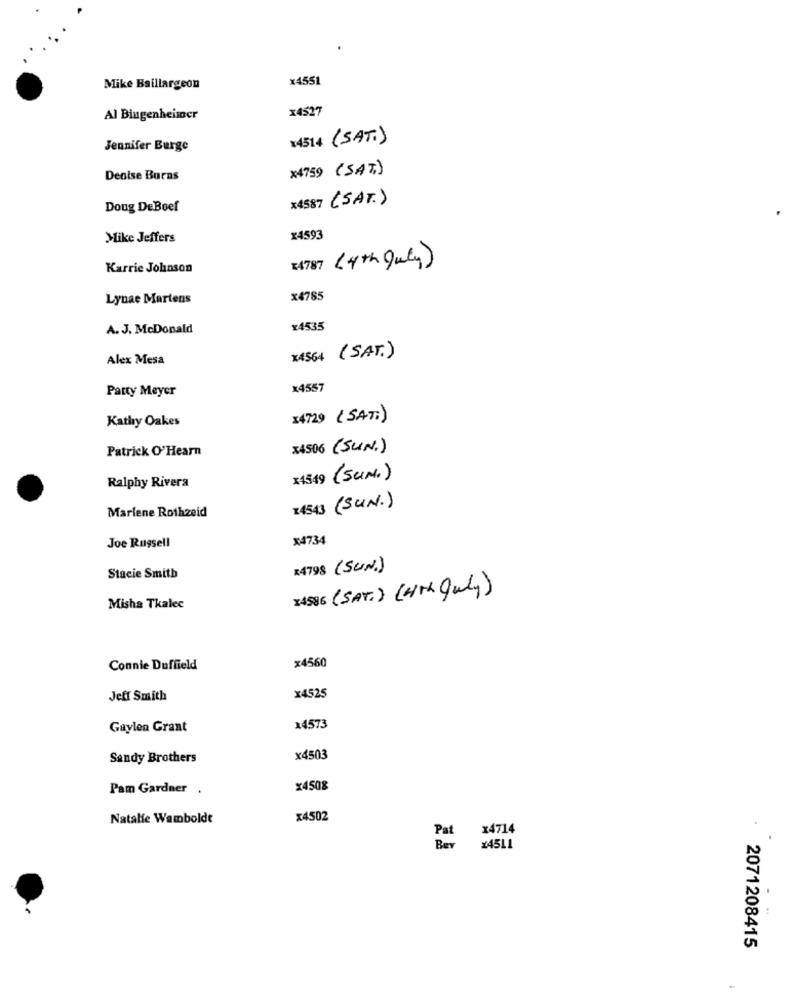
x4551
Mike Baillargeon
x4527
Al Bingenheimer
x4514 (SAT.)
Jennifer Burge
x4759 (SAT)
Denise Burns
x4587 (SAT.)
Doug DeBoef
Mike Jeffers
x4593
24787 (4th July)
Karrie Johnson
Lynae Martens
x4785
A. J. McDonald
x4535
Alex Mesa
x4564 (SAT.)
x4557
Party Meyer
Kathy Oakes
14729 (SAT:)
Patrick O'Hearn
x4506 (SUN.)
x4549 (SUN.)
Ralphy Rivera
Marlene Rothzeid
14543 (SUN.)
X4734
Joe Russell
14798 (SUN.)
Stacie Smith
24SIG (SAT.) (4th July)
Misha Tkalec
x4560
Connie Duffield
Jeff Smith
x4525
Gaylen Grant
14573
Sandy Brothers
x4503
Pam Gardner .
x4508
Natalie Wamboldt
x4502
14714
Ben
¥45L1
2071208415
-